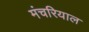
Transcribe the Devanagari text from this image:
मंचरियाल